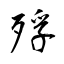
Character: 殍